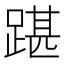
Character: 踸